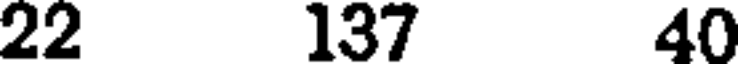
22 137 40